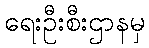
ရေးဦးစီးဌာနမှ